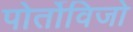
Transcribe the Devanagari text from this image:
पोर्तोविजो